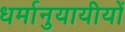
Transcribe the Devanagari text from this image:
धर्मानुयायीयों